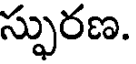
స్ఫురణ.